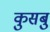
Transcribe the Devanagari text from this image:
कुसबु